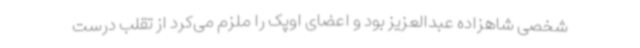
شخصی شاهزاده عبدالعزیز بود و اعضای اوپک را ملزم می‌کرد از تقلب درست